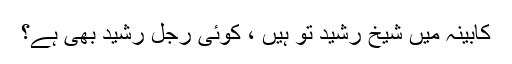
کابینہ میں شیخ رشید تو ہیں ، کوئی رجلِ رشید بھی ہے؟